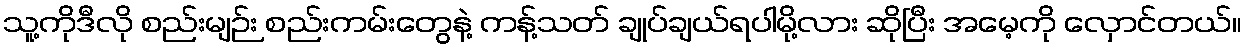
သူ့ကိုဒီလို စည်းမျဉ်း စည်းကမ်းတွေနဲ့ ကန့်သတ် ချုပ်ချယ်ရပါမို့လား ဆိုပြီး အမေ့ကို လှောင်တယ်။